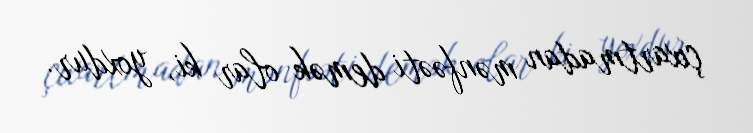
çıxartmadan mənfəəti demək olar ki, yoxdur.